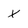
Character: x